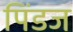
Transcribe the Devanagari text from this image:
पिंडज